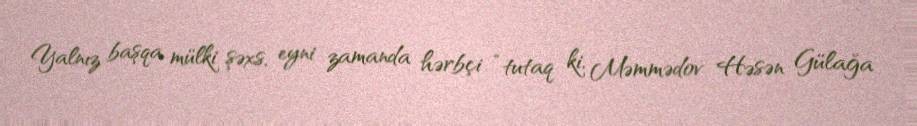
Yalnız başqa mülki şəxs, eyni zamanda hərbçi “tutaq ki, Məmmədov Həsən Gülağa